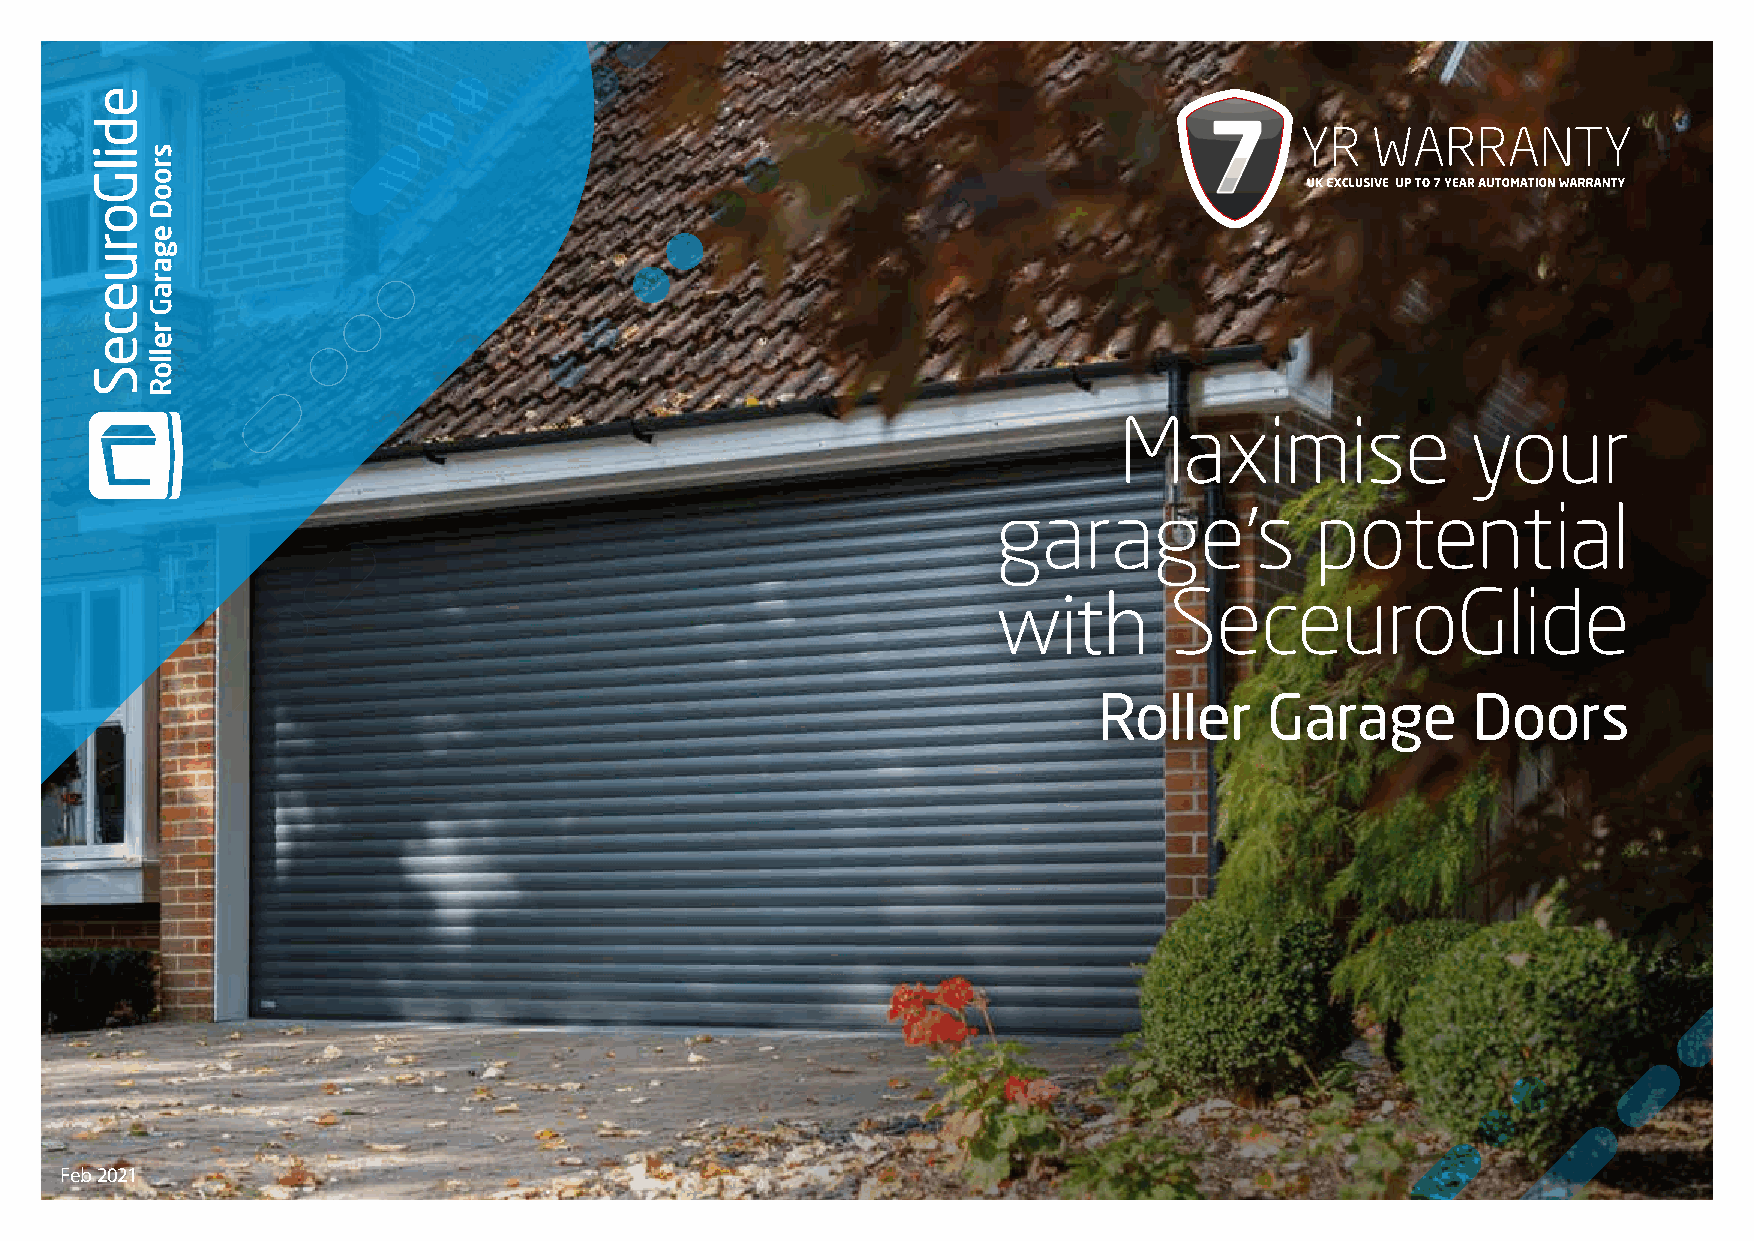
Maximise               your
 garage’s             potential
 with       SeceuroGlide
 Roller     Garage       Doors
 Feb 2021